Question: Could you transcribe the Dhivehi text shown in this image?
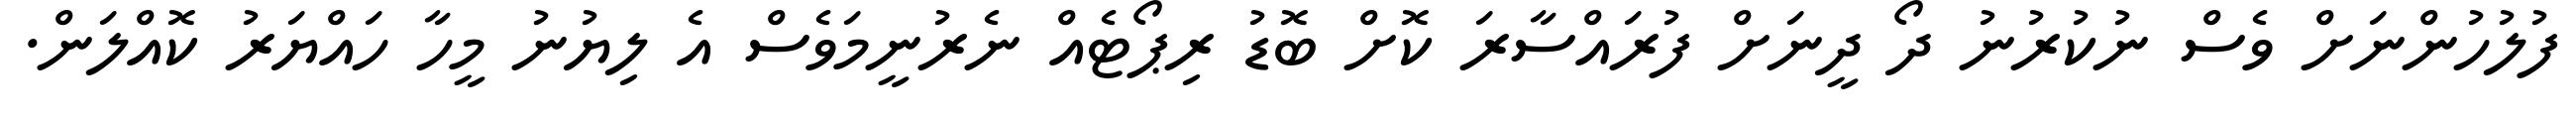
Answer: ފުލުހުންނަށް ވެސް ނުކުރުނު ދޯ ދީނަށް ފުރައްސާރަ ކޮށް ބޮޑު ރިޕޯޓެއް ނެރުނީމަވެސް އެ ލިޔުނު މީހާ ހައްޔަރު ކޮއްލަން.